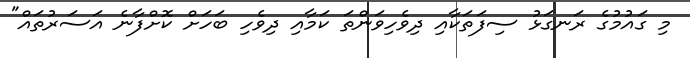
މި ގައުމުގެ ރަނގަޅު ސިފަތަކާއި ދިވެހިވަންތަ ކަމާއި ދިވެހި ބަހަށް ކޮށްފާނެ އަސަރުތައް"